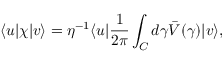
\langle u \vert \chi \vert v \rangle = \eta ^ { - 1 } \langle u \vert { \frac { 1 } { 2 \pi } } \int _ { C } d \gamma \bar { V } ( \gamma ) \vert v \rangle ,